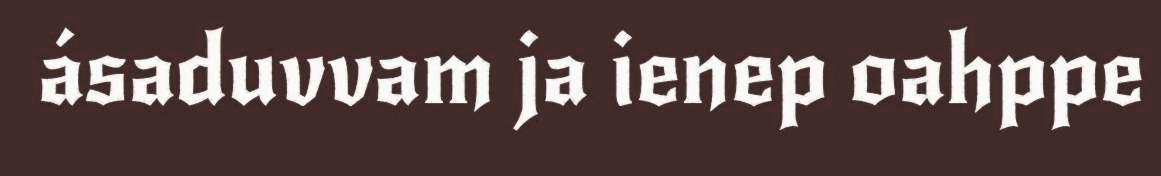
ásaduvvam ja ienep oahppe